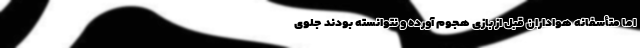
اما متأسفانه هواداران قبل از بازی هجوم آورده و نتوانسته بودند جلوی